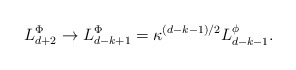
\begin{align*}L_{d+2}^{\Phi }\rightarrow L_{d-k+1}^{\Phi }=\kappa ^{\left( d-k-1\right)/2}L_{d-k-1}^{\phi }.\end{align*}